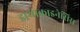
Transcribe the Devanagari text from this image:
डायाकाइनेसिस